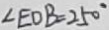
\angle E O B = 2 5 0 ^ { \circ }